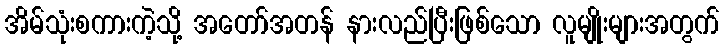
အိမ်သုံးစကားကဲ့သို့ အတော်အတန် နားလည်ပြီးဖြစ်သော လူမျိုးများအတွက်